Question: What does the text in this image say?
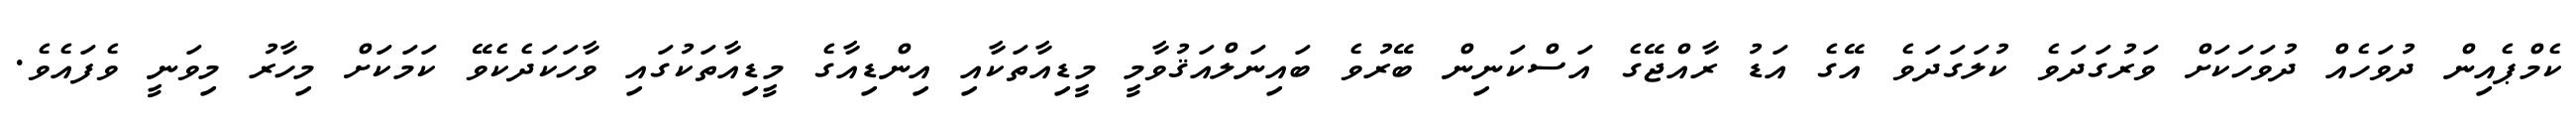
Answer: ކެމްޕެއިން ދުވަހެއް ދުވަހަކަށް ވަރުގަދަވެ ކުލަގަދަވެ އޭގެ އަޑު ރާއްޖޭގެ އަސްކަނިން ބޭރުވެ ބައިނަލްއަޤުވާމީ މީޑިއާތަކާއި އިންޑިއާގެ މީޑިއާތަކުގައި ވާހަކަދެކެވޭ ކަމަކަށް މިހާރު މިވަނީ ވެފައެވެ.